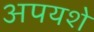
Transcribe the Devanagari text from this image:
अपयशे